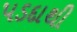
પડદાથી